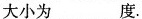
大小为___度。